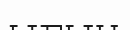
ығын